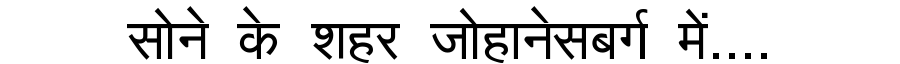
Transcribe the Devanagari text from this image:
सोने के शहर जोहानेसबर्ग में....